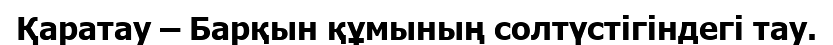
Қаратау – Барқын құмының солтүстігіндегі тау.